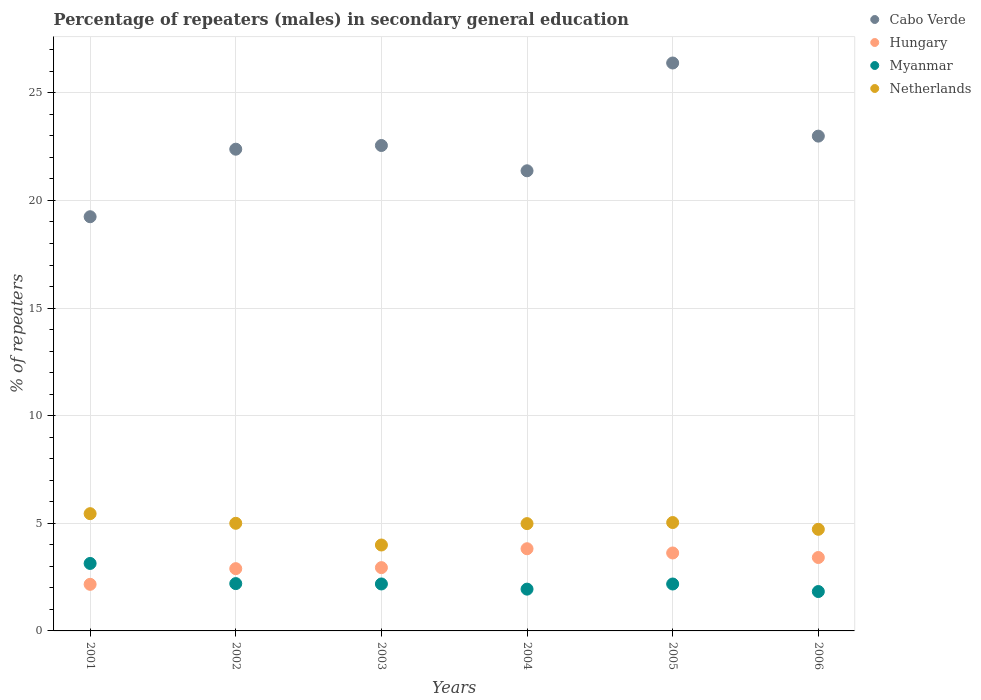
| Years | Cabo Verde | Hungary | Myanmar | Netherlands |
 | --- | --- | --- | --- | --- |
 | 2001 | 19.2 | 2.16 | 3.13 | 5.45 |
 | 2002 | 22.4 | 2.89 | 2.2 | 5 |
 | 2003 | 22.6 | 2.94 | 2.18 | 3.99 |
 | 2004 | 21.4 | 3.82 | 1.94 | 4.99 |
 | 2005 | 26.4 | 3.62 | 2.18 | 5.04 |
 | 2006 | 23 | 3.41 | 1.83 | 4.72 |